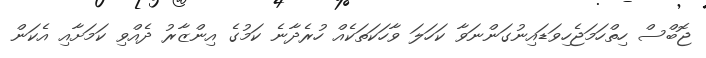
ޖޮބްސް ހިތްހަމަޖެހިވަޑައިނުގަންނަވާ ކަހަލަ ވާހަކަތަކެއް ހުރެދާނެ ކަމުގެ އިންޒާރު ދެއްވި ކަމަށާއި އެކަން